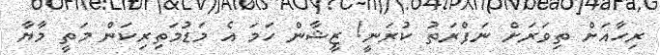
ރިހާއަށް ތިވަރަށް ނަފްރަތު ކުރަނީ! ޒީޝާން ހަމަ އެ މަޑުމަތިރިކަން މަތީ މާޔާ